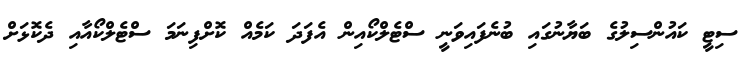
ސިޓީ ކައުންސިލުގެ ބަޔާނުގައި ބުނެފައިވަނީ ސްޓެލްކޯއިން އެފަދަ ކަމެއް ކޮށްފިނަމަ ސްޓެލްކޯއާއި ދެކޮޅަށް